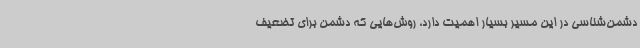
دشمن‌شناسی در این مسیر بسیار اهمیت دارد، روش‌هایی که دشمن برای تضعیف